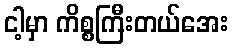
ငါ့မှာ ကိစ္စကြီးတယ်အေး